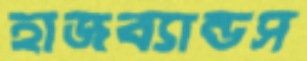
হাজব্যান্ডস